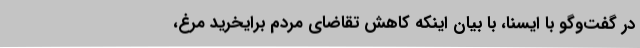
در گفت‌وگو با ایسنا، با بیان اینکه کاهش تقاضای مردم برایخرید مرغ،